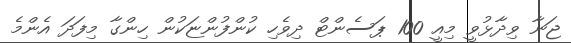
ޖަނާ ވިދާޅުވީ މިއީ 100 ޕަސެންޓް ދިވެހި ކުންފުންޏަކުން ހިންގާ މިފަދަ އެންމެ